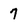
Character: 7